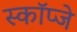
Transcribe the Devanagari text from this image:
स्कॉप्जे